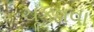
ચૂકવવા